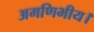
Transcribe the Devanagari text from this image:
अमणिभीय।